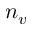
n _ { v }